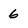
Character: 6